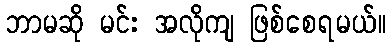
ဘာမဆို မင်း အလိုကျ ဖြစ်စေရမယ်။